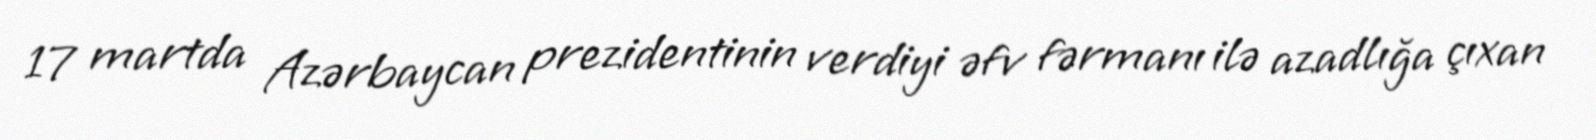
17 martda Azərbaycan prezidentinin verdiyi əfv fərmanı ilə azadlığa çıxan